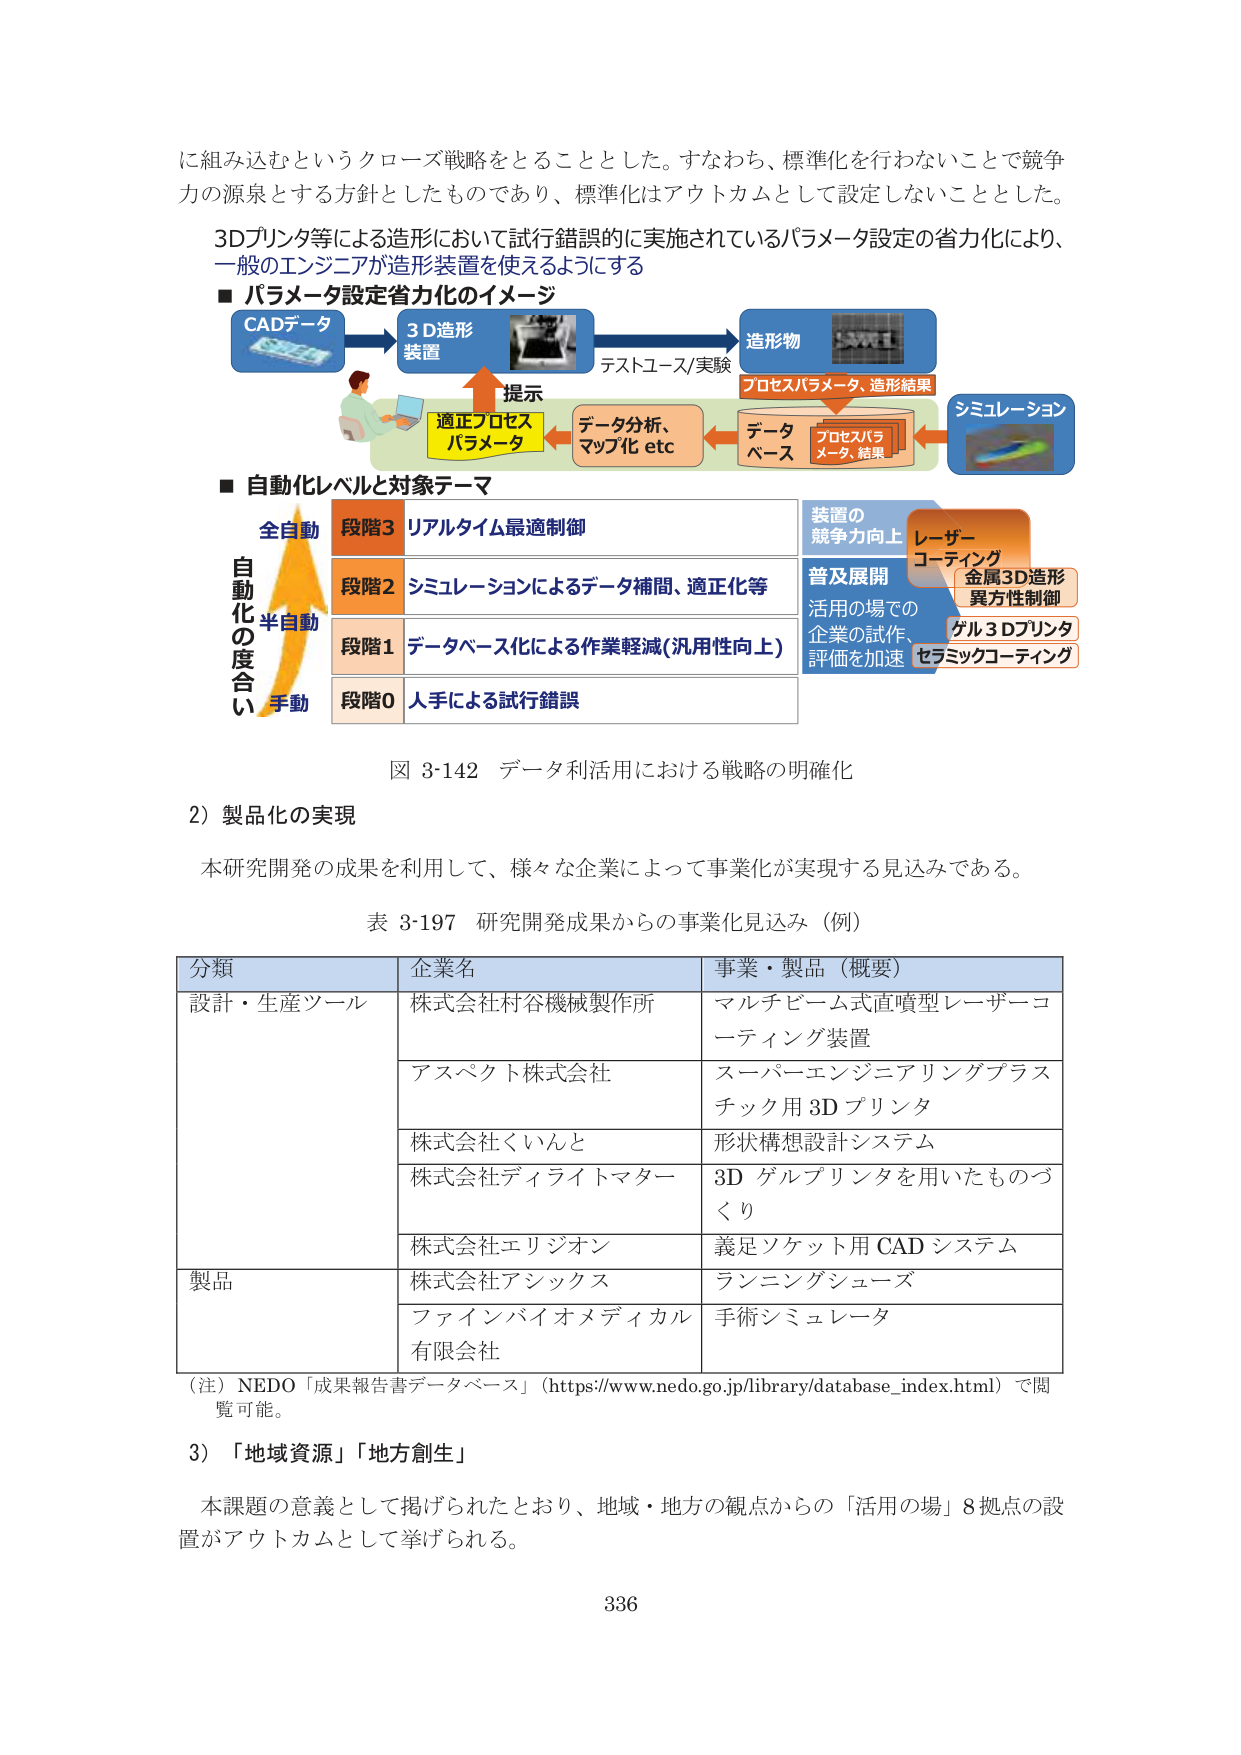
に組み込むというクローズ戦略をとることとした。すなわち、標準化を行わないことで競争力の源泉とする方針としたものであり、標準化はアウトカムとして設定しないこととした。

3Dプリンタ等による造形において試行錯誤的に実施されているパラメータ設定の省力化により、一般のエンジニアが造形装置を使えるようにする

■ パラメータ設定省力化のイメージ

CADデータ
→ 3D造形装置
→ 造形物

テストユース/実験
プロセスパラメータ、造形結果

提示
適正プロセスパラメータ
← データ分析、マップ化 etc
← データベース（プロセスパラメータ、結果）
← シミュレーション

■ 自動化レベルと対象テーマ

自動化の度合い
全自動
半自動
手動

段階3 リアルタイム最適制御
段階2 シミュレーションによるデータ補間、適正化等
段階1 データベース化による作業軽減（汎用性向上）
段階0 人手による試行錯誤

装置の競争力向上
レーザーコーティング
金属3D造形異方性制御
ゲル3Dプリンタ
セラミックコーティング

普及展開
活用の場での企業の試作、評価を加速

図 3-142 データ利活用における戦略の明確化

2）製品化の実現

本研究開発の成果を利用して、様々な企業によって事業化が実現する見込みである。

表 3-197 研究開発成果からの事業化見込み（例）

分類 企業名 事業・製品（概要）
設計・生産ツール 株式会社村谷機械製作所 マルチビーム式直噴型レーザーコーティング装置
アスペクト株式会社 スーパーエンジニアリングプラスチック用3Dプリンタ
株式会社くいんと 形状構想設計システム
株式会社ディライトマター 3Dゲルプリンタを用いたものづくり
株式会社エリジオン 義足ソケット用CADシステム
製品 株式会社アシックス ランニングシューズ
ファインバイオメディカル有限会社 手術シミュレータ

（注）NEDO「成果報告書データベース」（https://www.nedo.go.jp/library/database_index.html）で閲覧可能。

3）「地域資源」「地方創生」

本課題の意義として掲げられたとおり、地域・地方の観点からの「活用の場」8拠点の設置がアウトカムとして挙げられる。

336